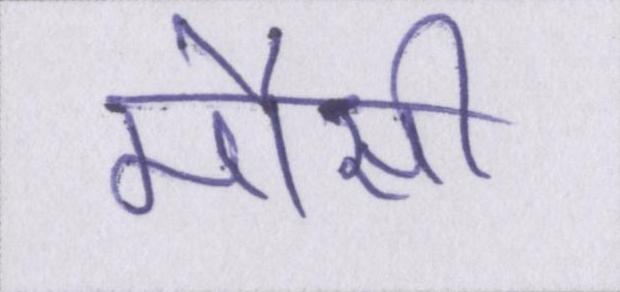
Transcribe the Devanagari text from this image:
मौसी